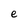
Character: e